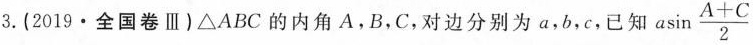
3.（2019·全国卷Ⅲ）△ABC的内角A，B，C，对边分别为a，b，c，已知 $$a